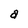
Character: a